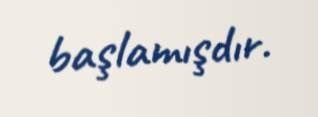
başlamışdır.